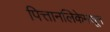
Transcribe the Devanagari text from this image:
पित्तानलिकेमधून